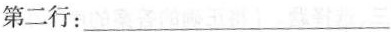
第二行：___